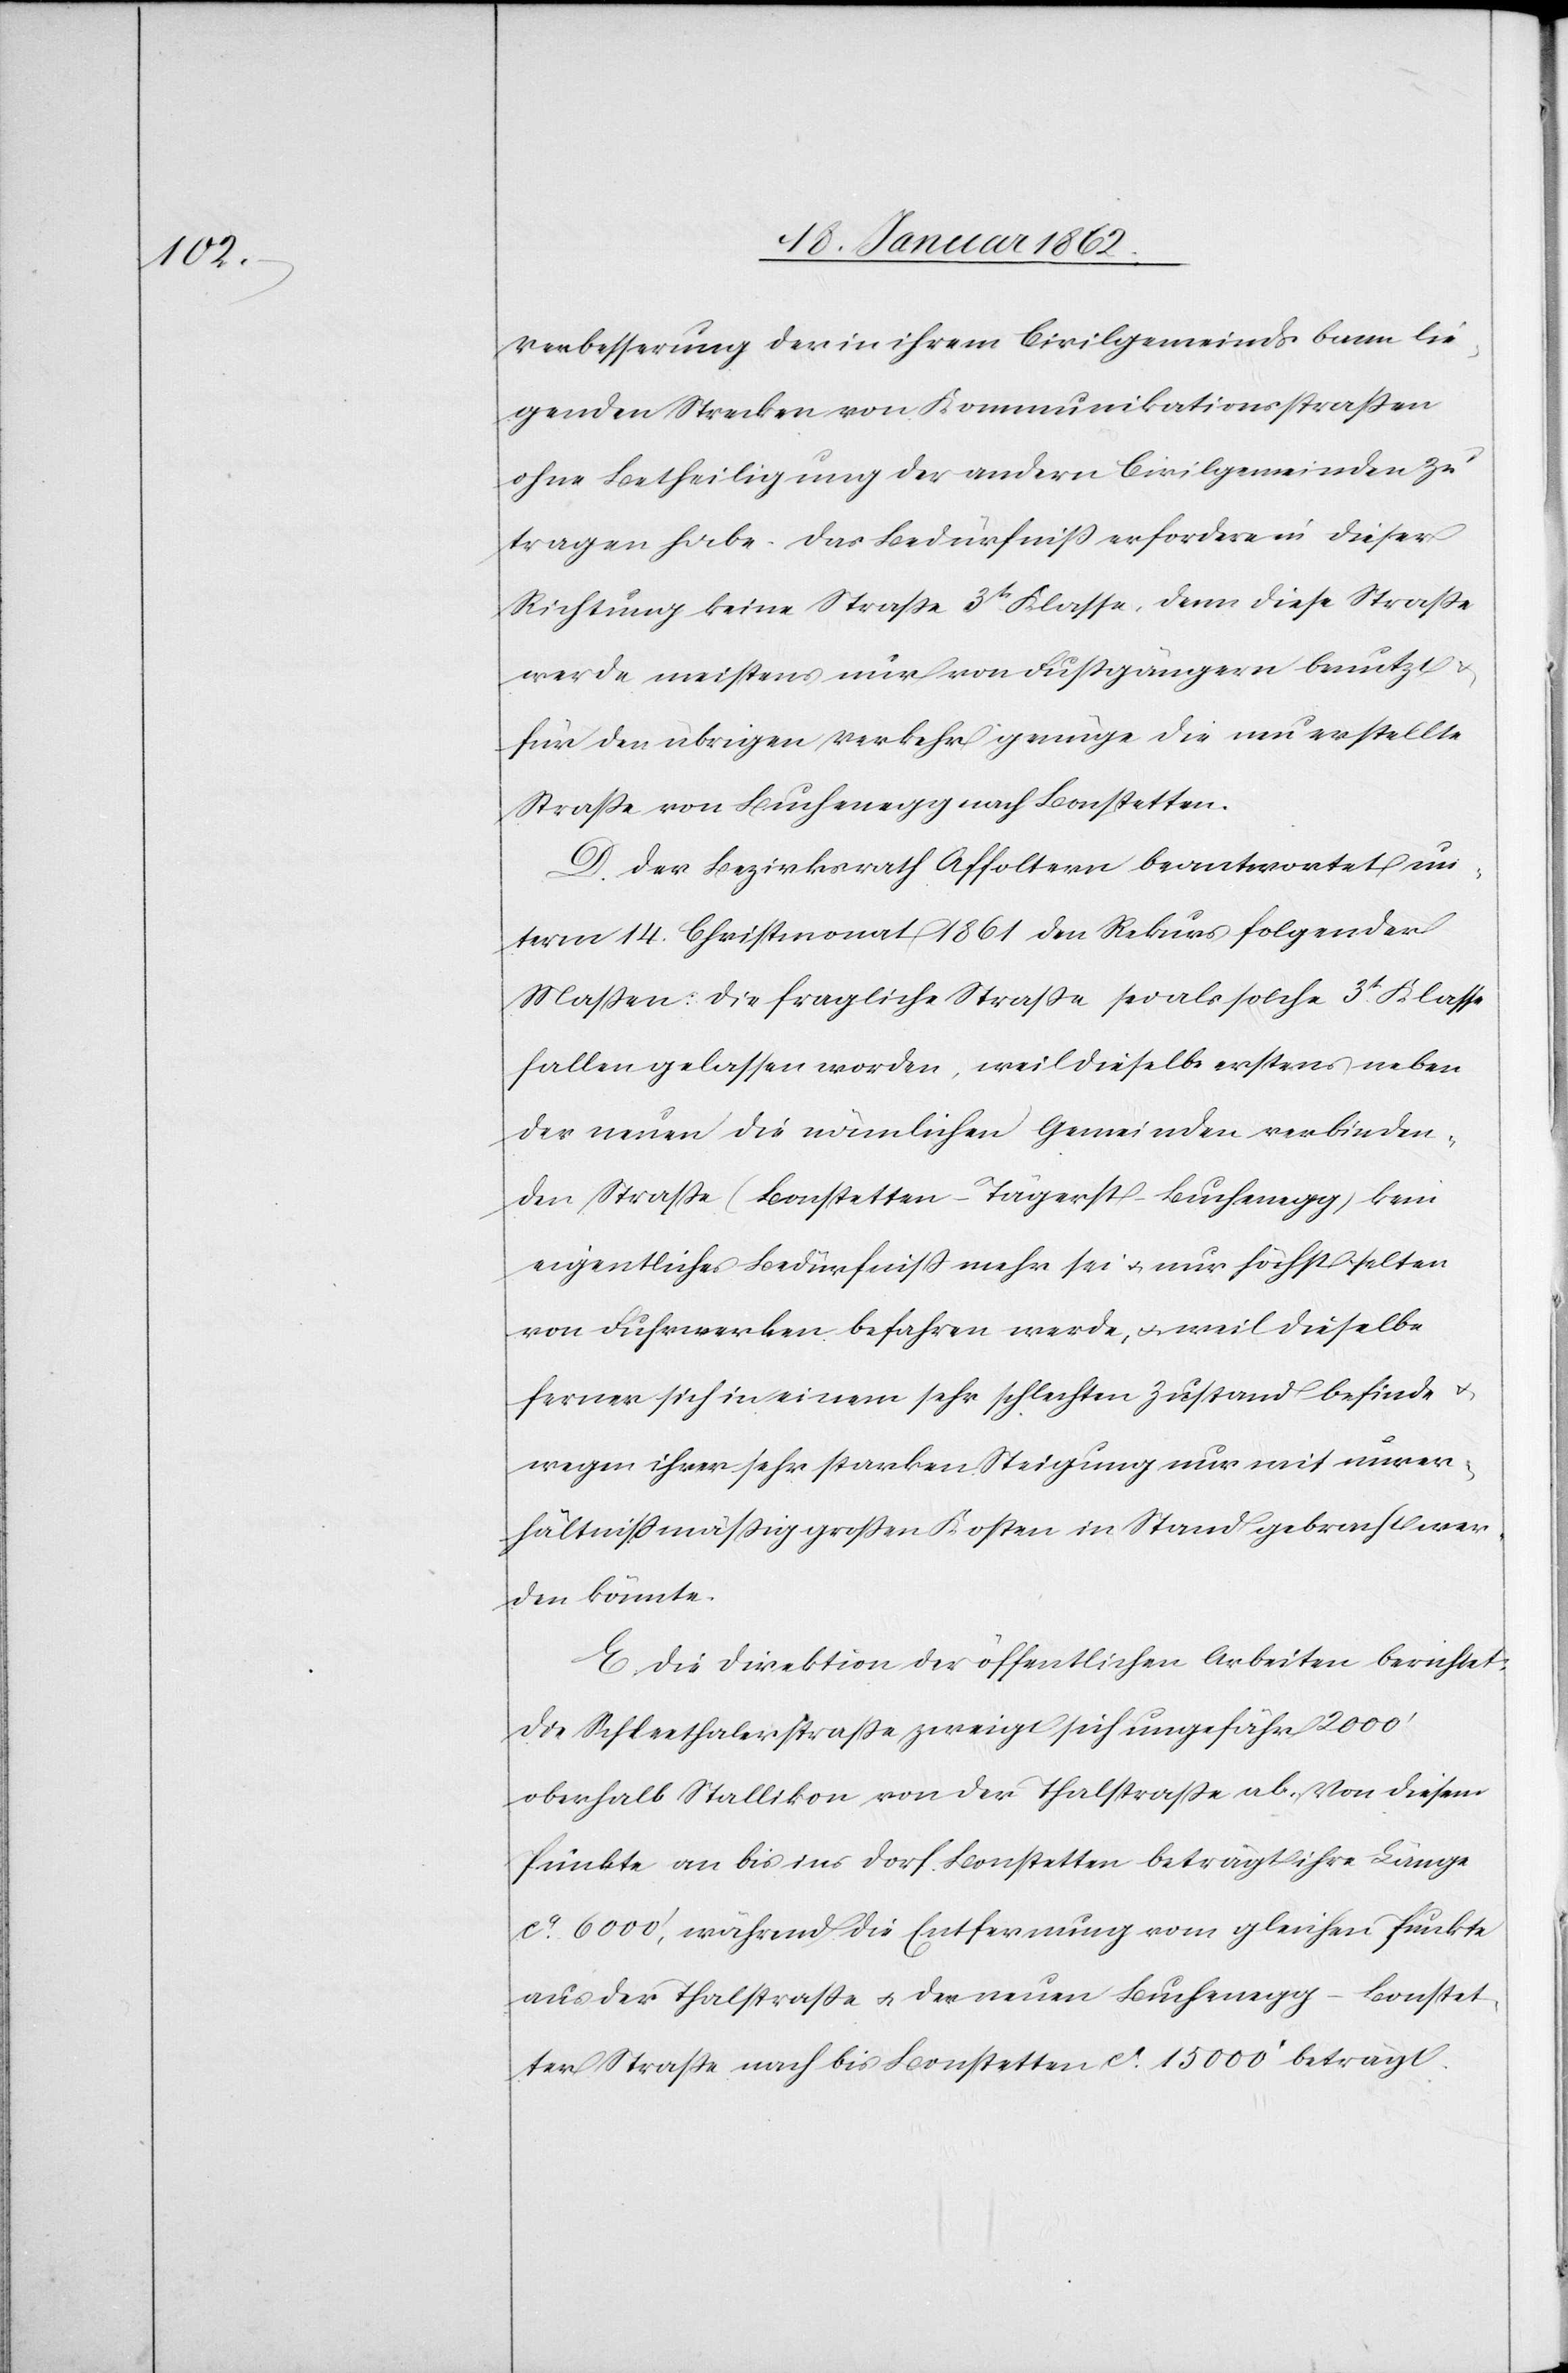
Verbesserung der in ihrem Civilgemeindsbann lie¬
genden Strecken von Kommunikationsstraßen
ohne Betheiligung der andern Civilgemeinden zu
tragen habe. Das Bedürfniß erfordere in dieser
Richtung keine Straße 3t. Klasse, denn diese Straße
werde meistens nur von Fußgängern benutzt
für den übrigen Verkehr genüge die neu erstellte
Straße von Buchenegg nach Bonstetten.
D. Der Bezirksrath Affoltern beantwortet un¬
term 14. Christmonat 1861 den Rekurs folgender
Maßen: Die fragliche Straße sei als solche 3t. Klasse
fallen gelassen worden, weil dieselbe erstens neben
der neuen die nämlichen Gemeinden verbinden¬
den Straße (Bonstetten – Tägerst – Buchenegg) kein
eigentliches Bedürfniß mehr sei u. nur höchst selten
von Fuhrwerken befahren werde, u. weil dieselbe
ferner sich in einem schlechten Zustand befinde u.
wegen ihrer sehr starken Steigung nur mit unver¬
hältnißmäßig großen Kosten in Stand gebracht wer¬
den könnte.
E. Die Direktion der öffentlichen Arbeiten berichtet:
Die Schleethalerstraße zweigt sich ungefähr 2000’
oberhalb Stallikon von der Thalstraße ab. Von diesem
Punkte an bis ins Dorf Bonstetten beträgt ihre Länge
ca. 6000’, während die Entfernung vom gleichen Punkte
aus der Thalstraße u. der neuen Buchenegg – Bonstet¬
ter Straße nach bis Bonstetten ca. 15 000’ beträgt.